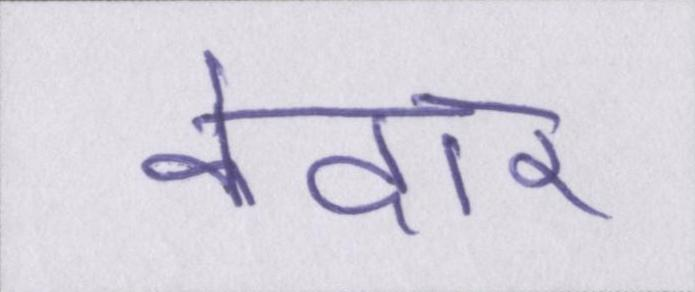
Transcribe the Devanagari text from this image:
केदार